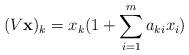
LaTeX: \begin{align*}(V \mathbf{x})_k=x_k(1+\sum_{i=1}^ma_{ki}x_i)\end{align*}